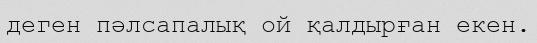
деген пәлсапалық ой қалдырған екен.